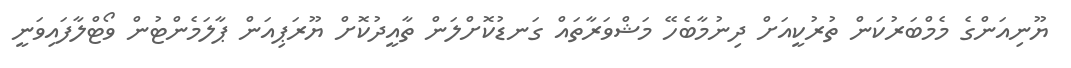
ޔޫނިއަންގެ މެމްބަރުކަން ތުރުކީއަށް ދިނުމާބެހޭ މަޝްވަރާތައް ގަނޑުކޮށްލަން ތާއީދުކޮށް ޔޫރަޕިއަން ޕާލަމެންޓުން ވޯޓްލާފައިވަނީ